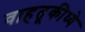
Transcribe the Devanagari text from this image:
वाहतूकीध्ये